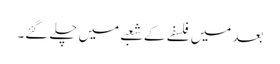
بعد میں فلسفے کے شعبے میں چلے گئے۔